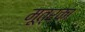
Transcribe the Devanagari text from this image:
मूत्रका